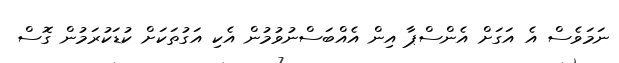
ނަމަވެސް އެ އަގަށް އެންސްޕާ އިން އެއްބަސްނުވުމުން އެކި އަގުތަކަށް ކުޑަކުރަމުން ގޮސް